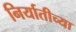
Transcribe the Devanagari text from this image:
निर्यातीच्या